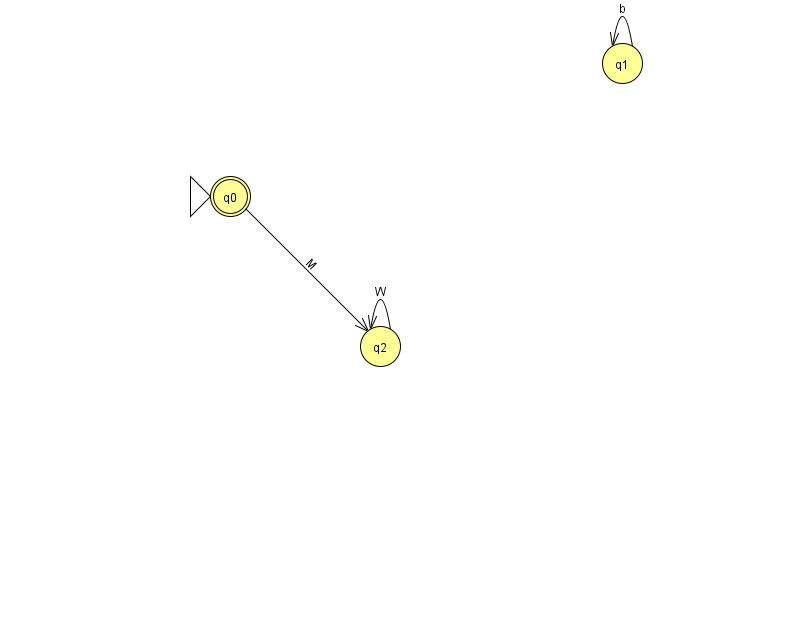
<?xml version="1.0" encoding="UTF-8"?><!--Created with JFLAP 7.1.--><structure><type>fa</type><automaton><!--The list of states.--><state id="0" name="q0"><x>230.0</x><y>183.0</y><initial/><final/></state><state id="1" name="q1"><x>622.0</x><y>50.0</y></state><state id="2" name="q2"><x>380.0</x><y>333.0</y></state><!--The list of transitions.--><transition><from>1</from><to>1</to><read>b</read></transition><transition><from>2</from><to>2</to><read>W</read></transition><transition><from>0</from><to>2</to><read>M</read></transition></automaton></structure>